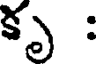
కృ :